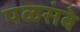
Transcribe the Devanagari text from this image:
पळसंबे